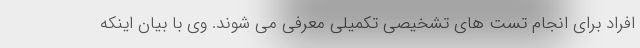
افراد برای انجام تست های تشخیصی تکمیلی معرفی می شوند. وی با بیان اینکه